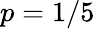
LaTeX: p=1/5